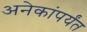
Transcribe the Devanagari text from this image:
अनेकांपर्यंत